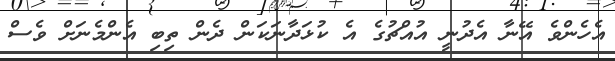
އެހެންވެ އޭނާ އެދުނީ އުއްޗުގެ އެ ކުޅަދާނަކަން ދެން ތިބި އެންމެނަށް ވެސް